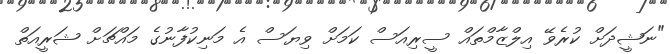
"ނަޝީދަށް ކުރެވޭ އިލްޒާމްތައް ސީރިއަސް ކަމަށް ވިޔަސް އެ މަނިކުފާނުގެ މައްޗަށް ޝަރީއަތް